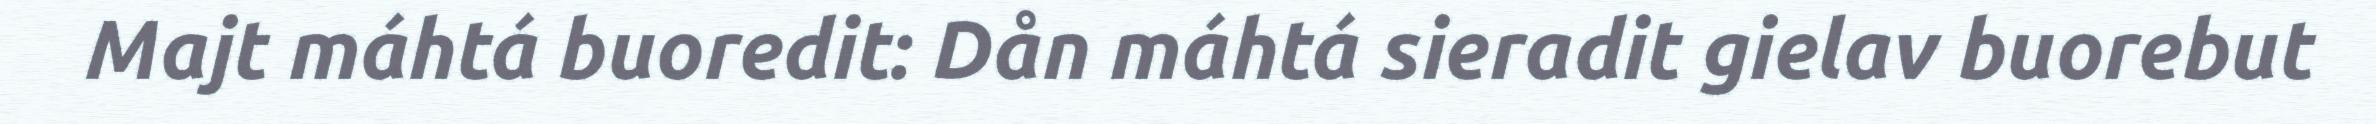
Majt máhtá buoredit: Dån máhtá sieradit gielav buorebut